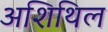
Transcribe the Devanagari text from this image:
अशिथिल